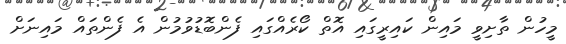
މީހުން ތާށިވީ މައިން ކައިރީގައި އޮތް ކޯރެއްގައި ފެންބޮޑުވުމުން އެ ފެންތައް މައިނަށް